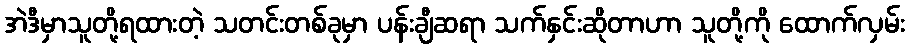
အဲဒီမှာသူတို့ရထားတဲ့ သတင်းတစ်ခုမှာ ပန်းချီဆရာ သက်နှင်းဆိုတာဟာ သူတို့ကို ထောက်လှမ်း